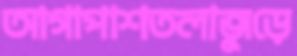
আগাপাশতলাজুড়ে